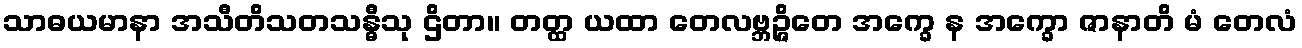
သာဓယမာနာ အသီတိသတသန္ဓီသု ဌိတာ။ တတ္ထ ယထာ တေလဗ္ဘဉ္ဇိတေ အက္ခေ န အက္ခော ဇာနာတိ မံ တေလံ